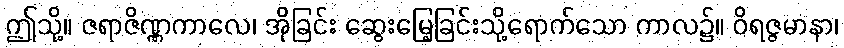
ဤသို့။ ဇရာဇိဏ္ဏကာလေ၊ အိုခြင်း ဆွေးမြေ့ခြင်းသို့ရောက်သော ကာလ၌။ ဝိရဇ္ဇမာနာ၊